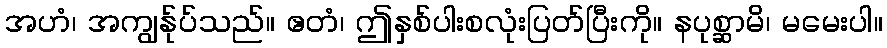
အဟံ၊ အကျွန်ုပ်သည်။ ဧတံ၊ ဤနှစ်ပါးစလုံးပြတ်ပြီးကို။ နပုစ္ဆာမိ၊ မမေးပါ။